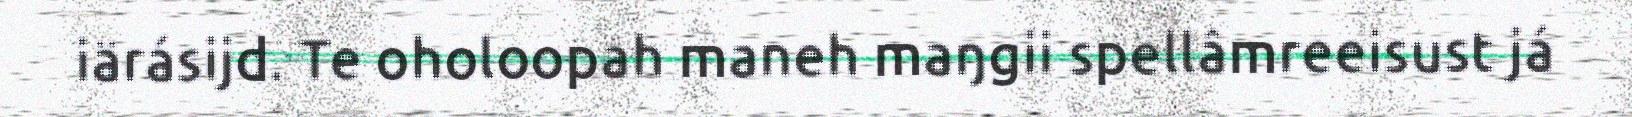
iärásijd. Te oholoopah maneh maŋgii spellâmreeisust já